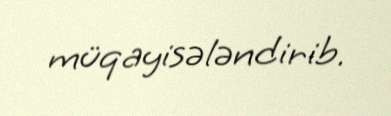
müqayisələndirib.